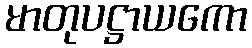
မာတုပဋ္ဌာယကော